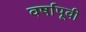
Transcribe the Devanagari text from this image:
वर्षापूवी